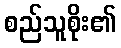
စည်သူစိုး၏